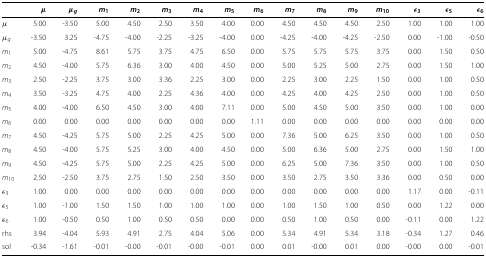
<table><thead><tr><td></td><td><b><i>μ</i></b></td><td><b><i>μ</i><sub><i>g</i></sub></b></td><td><b><i>m</i><sub>1</sub></b></td><td><b><i>m</i><sub>2</sub></b></td><td><b><i>m</i><sub>3</sub></b></td><td><b><i>m</i><sub>4</sub></b></td><td><b><i>m</i><sub>5</sub></b></td><td><b><i>m</i><sub>6</sub></b></td><td><b><i>m</i><sub>7</sub></b></td><td><b><i>m</i><sub>8</sub></b></td><td><b><i>m</i><sub>9</sub></b></td><td><b><i>m</i><sub>10</sub></b></td><td><b><i>ε</i><sub>3</sub></b></td><td><b><i>ε</i><sub>5</sub></b></td><td><b><i>ε</i><sub>6</sub></b></td></tr></thead><tbody><tr><td><i>μ</i></td><td>5.00</td><td>-3.50</td><td>5.00</td><td>4.50</td><td>2.50</td><td>3.50</td><td>4.00</td><td>0.00</td><td>4.50</td><td>4.50</td><td>4.50</td><td>2.50</td><td>1.00</td><td>1.00</td><td>1.00</td></tr><tr><td><i>μ</i><sub><i>g</i></sub></td><td>-3.50</td><td>3.25</td><td>-4.75</td><td>-4.00</td><td>-2.25</td><td>-3.25</td><td>-4.00</td><td>0.00</td><td>-4.25</td><td>-4.00</td><td>-4.25</td><td>-2.50</td><td>0.00</td><td>-1.00</td><td>-0.50</td></tr><tr><td><i>m</i><sub>1</sub></td><td>5.00</td><td>-4.75</td><td>8.61</td><td>5.75</td><td>3.75</td><td>4.75</td><td>6.50</td><td>0.00</td><td>5.75</td><td>5.75</td><td>5.75</td><td>3.75</td><td>0.00</td><td>1.50</td><td>0.50</td></tr><tr><td><i>m</i><sub>2</sub></td><td>4.50</td><td>-4.00</td><td>5.75</td><td>6.36</td><td>3.00</td><td>4.00</td><td>4.50</td><td>0.00</td><td>5.00</td><td>5.25</td><td>5.00</td><td>2.75</td><td>0.00</td><td>1.50</td><td>1.00</td></tr><tr><td><i>m</i><sub>3</sub></td><td>2.50</td><td>-2.25</td><td>3.75</td><td>3.00</td><td>3.36</td><td>2.25</td><td>3.00</td><td>0.00</td><td>2.25</td><td>3.00</td><td>2.25</td><td>1.50</td><td>0.00</td><td>1.00</td><td>0.50</td></tr><tr><td><i>m</i><sub>4</sub></td><td>3.50</td><td>-3.25</td><td>4.75</td><td>4.00</td><td>2.25</td><td>4.36</td><td>4.00</td><td>0.00</td><td>4.25</td><td>4.00</td><td>4.25</td><td>2.50</td><td>0.00</td><td>1.00</td><td>0.50</td></tr><tr><td><i>m</i><sub>5</sub></td><td>4.00</td><td>-4.00</td><td>6.50</td><td>4.50</td><td>3.00</td><td>4.00</td><td>7.11</td><td>0.00</td><td>5.00</td><td>4.50</td><td>5.00</td><td>3.50</td><td>0.00</td><td>1.00</td><td>0.00</td></tr><tr><td><i>m</i><sub>6</sub></td><td>0.00</td><td>0.00</td><td>0.00</td><td>0.00</td><td>0.00</td><td>0.00</td><td>0.00</td><td>1.11</td><td>0.00</td><td>0.00</td><td>0.00</td><td>0.00</td><td>0.00</td><td>0.00</td><td>0.00</td></tr><tr><td><i>m</i><sub>7</sub></td><td>4.50</td><td>-4.25</td><td>5.75</td><td>5.00</td><td>2.25</td><td>4.25</td><td>5.00</td><td>0.00</td><td>7.36</td><td>5.00</td><td>6.25</td><td>3.50</td><td>0.00</td><td>1.00</td><td>0.50</td></tr><tr><td><i>m</i><sub>8</sub></td><td>4.50</td><td>-4.00</td><td>5.75</td><td>5.25</td><td>3.00</td><td>4.00</td><td>4.50</td><td>0.00</td><td>5.00</td><td>6.36</td><td>5.00</td><td>2.75</td><td>0.00</td><td>1.50</td><td>1.00</td></tr><tr><td><i>m</i><sub>9</sub></td><td>4.50</td><td>-4.25</td><td>5.75</td><td>5.00</td><td>2.25</td><td>4.25</td><td>5.00</td><td>0.00</td><td>6.25</td><td>5.00</td><td>7.36</td><td>3.50</td><td>0.00</td><td>1.00</td><td>0.50</td></tr><tr><td><i>m</i><sub>10</sub></td><td>2.50</td><td>-2.50</td><td>3.75</td><td>2.75</td><td>1.50</td><td>2.50</td><td>3.50</td><td>0.00</td><td>3.50</td><td>2.75</td><td>3.50</td><td>3.36</td><td>0.00</td><td>0.50</td><td>0.00</td></tr><tr><td><i>ε</i><sub>3</sub></td><td>1.00</td><td>0.00</td><td>0.00</td><td>0.00</td><td>0.00</td><td>0.00</td><td>0.00</td><td>0.00</td><td>0.00</td><td>0.00</td><td>0.00</td><td>0.00</td><td>1.17</td><td>0.00</td><td>-0.11</td></tr><tr><td><i>ε</i><sub>5</sub></td><td>1.00</td><td>-1.00</td><td>1.50</td><td>1.50</td><td>1.00</td><td>1.00</td><td>1.00</td><td>0.00</td><td>1.00</td><td>1.50</td><td>1.00</td><td>0.50</td><td>0.00</td><td>1.22</td><td>0.00</td></tr><tr><td><i>ε</i><sub>6</sub></td><td>1.00</td><td>-0.50</td><td>0.50</td><td>1.00</td><td>0.50</td><td>0.50</td><td>0.00</td><td>0.00</td><td>0.50</td><td>1.00</td><td>0.50</td><td>0.00</td><td>-0.11</td><td>0.00</td><td>1.22</td></tr><tr><td>rhs</td><td>3.94</td><td>-4.04</td><td>5.93</td><td>4.91</td><td>2.75</td><td>4.04</td><td>5.06</td><td>0.00</td><td>5.34</td><td>4.91</td><td>5.34</td><td>3.18</td><td>-0.34</td><td>1.27</td><td>0.46</td></tr><tr><td>sol</td><td>-0.34</td><td>-1.61</td><td>-0.01</td><td>-0.00</td><td>-0.01</td><td>-0.00</td><td>-0.01</td><td>0.00</td><td>0.01</td><td>-0.00</td><td>0.01</td><td>0.00</td><td>-0.00</td><td>0.00</td><td>-0.01</td></tr></tbody></table>